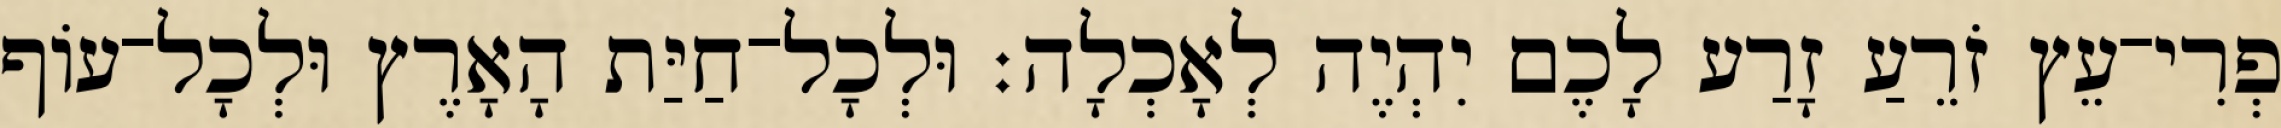
פְרִי־עֵץ זֹרֵעַ זָרַע לָכֶם יִהְיֶה לְאָכְלָה׃ וּלְכָל־חַיַּת הָאָרֶץ וּלְכָל־עֹוף